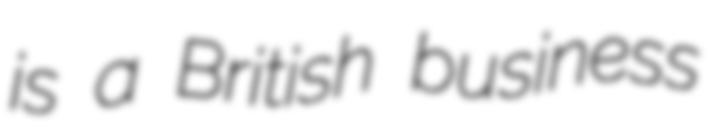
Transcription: is a British business